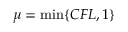
\mu = \operatorname* { m i n } \{ C F L , 1 \}